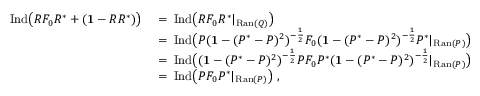
\begin{array} { r l } { \mathrm { I n d } \big ( R F _ { 0 } R ^ { * } + ( { \bf 1 } - R R ^ { * } ) \big ) } & { \; = \; \mathrm { I n d } \big ( R F _ { 0 } R ^ { * } | _ { \mathrm { R a n } ( Q ) } \big ) } \\ & { \; = \; \mathrm { I n d } \big ( P ( { \bf 1 } - ( P ^ { * } - P ) ^ { 2 } ) ^ { - \frac { 1 } { 2 } } F _ { 0 } ( { \bf 1 } - ( P ^ { * } - P ) ^ { 2 } ) ^ { - \frac { 1 } { 2 } } P ^ { * } | _ { \mathrm { R a n } ( P ) } \big ) } \\ & { \; = \; \mathrm { I n d } \big ( ( { \bf 1 } - ( P ^ { * } - P ) ^ { 2 } ) ^ { - \frac { 1 } { 2 } } P F _ { 0 } P ^ { * } ( { \bf 1 } - ( P ^ { * } - P ) ^ { 2 } ) ^ { - \frac { 1 } { 2 } } | _ { \mathrm { R a n } ( P ) } \big ) } \\ & { \; = \; \mathrm { I n d } \big ( P F _ { 0 } P ^ { * } | _ { \mathrm { R a n } ( P ) } \big ) \; , } \end{array}